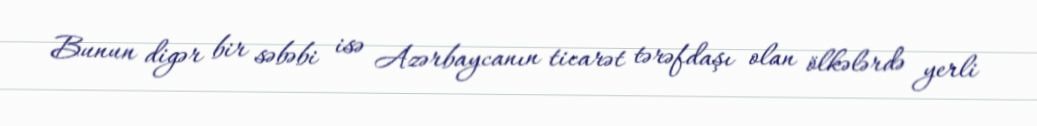
Bunun digər bir səbəbi isə Azərbaycanın ticarət tərəfdaşı olan ölkələrdə yerli